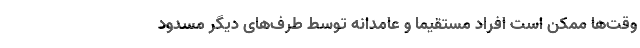
وقت‌ها ممکن است افراد مستقیماً و عامدانه توسط طرف‌های دیگر مسدود